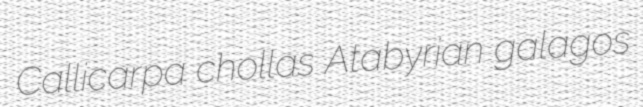
Callicarpa chollas Atabyrian galagos